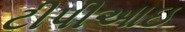
ટીપીઆઇ